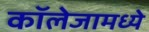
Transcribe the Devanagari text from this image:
कॉलेजामध्ये